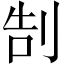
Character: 𠜯